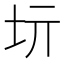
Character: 𡉨